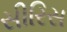
સીરિસ